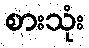
စားသုံး